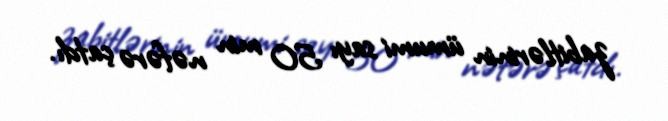
zabitlərinin ümumi sayı 50 min nəfərə çatdı.